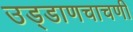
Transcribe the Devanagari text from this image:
उड्डाणचाचणी